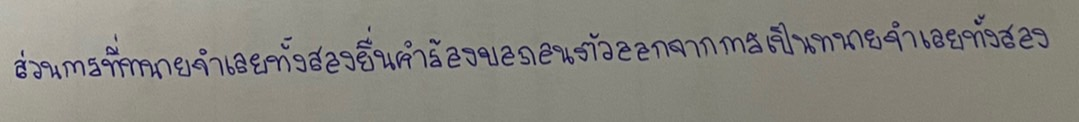
ส่วนการที่ทนายจำเลยทั้งสองยื่นคำร้องขอถอนตัวออกจากการเป็นทนายจำเลยทั้งสอง